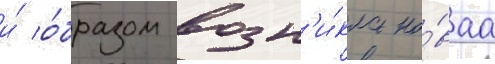
и́ о́бразом возн'и́кла но́ваа